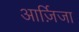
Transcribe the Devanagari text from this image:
आर्ज़िजा